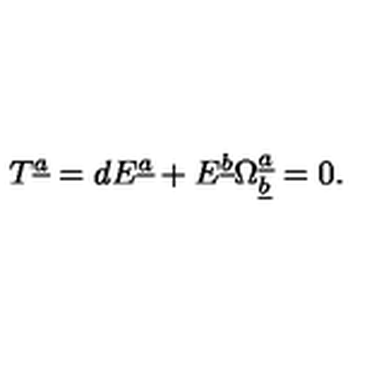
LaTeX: T ^ { \underline { a } } = d E ^ { \underline { a } } + E ^ { \underline { b } } \Omega _ { \underline { b } } ^ { \underline { a } } = 0 .